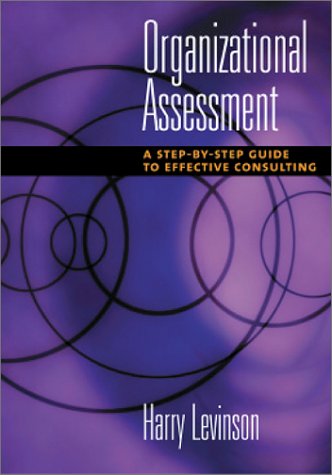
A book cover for Organizational Assessment: A Step-By-Step Guide to Effective Consulting; Harry Levinson; Health, Fitness & Dieting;